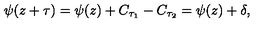
\psi ( z + \tau ) = \psi ( z ) + C _ { \tau _ { 1 } } - C _ { \tau _ { 2 } } = \psi ( z ) + \delta ,